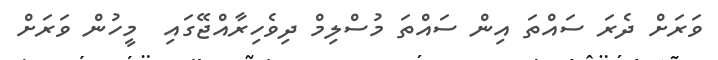
ވަރަށް ދެރަ ސައްތަ އިން ސައްތަ މުސްލިމް ދިވެހިރާއްޖޭގައި  މީހުން ވަރަށް